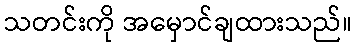
သတင်းကို အမှောင်ချထားသည်။